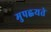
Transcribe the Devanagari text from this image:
मुपह्वयते